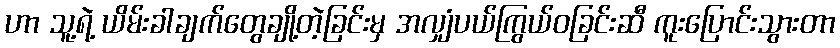
ဟာ သူ့ရဲ့ ယိမ်းခါချက်တွေချို့တဲ့ခြင်းမှ အလျှံပယ်ကြွယ်ဝခြင်းဆီ ကူးပြောင်းသွားတာ